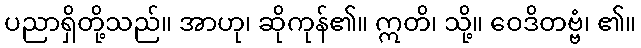
ပညာရှိတို့သည်။ အာဟု၊ ဆိုကုန်၏။ ဣတိ၊ သို့။ ဝေဒိတဗ္ဗံ၊ ၏။